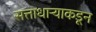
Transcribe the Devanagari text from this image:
सत्ताधाऱ्याकडून